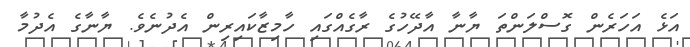
އަޅެ އަހަރެން ގޮސްލަންތަ ޔާނާ އާދޭހުގެ ރާގެއްގައި ހާމިޒާކައިރިން އެދުނެވެ. ޔާނާގެ އެދުމާ